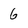
Character: 6